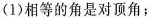
(1)相等的角是对顶角；